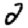
Digit: 2